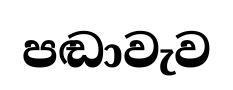
පඬාවැව